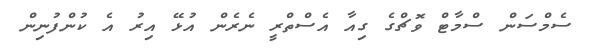
ސެމްސަން ސްމާޓް ވޮޗްގެ ގިއާ އެސްތްރީ ނެރެން އުޅޭ އިރު އެ ކުންފުނިން